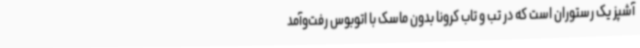
آشپز یک رستوران است که در تب و تاب کرونا بدون ماسک با اتوبوس رفت‌وآمد